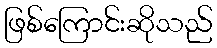
ဖြစ်ကြောင်းဆိုသည်